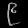
Digit: ၉